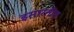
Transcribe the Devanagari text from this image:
इमारतीत